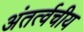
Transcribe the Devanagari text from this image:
अंतर्त्वचीय